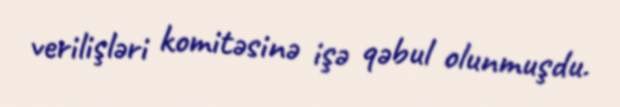
verilişləri komitəsinə işə qəbul olunmuşdu.